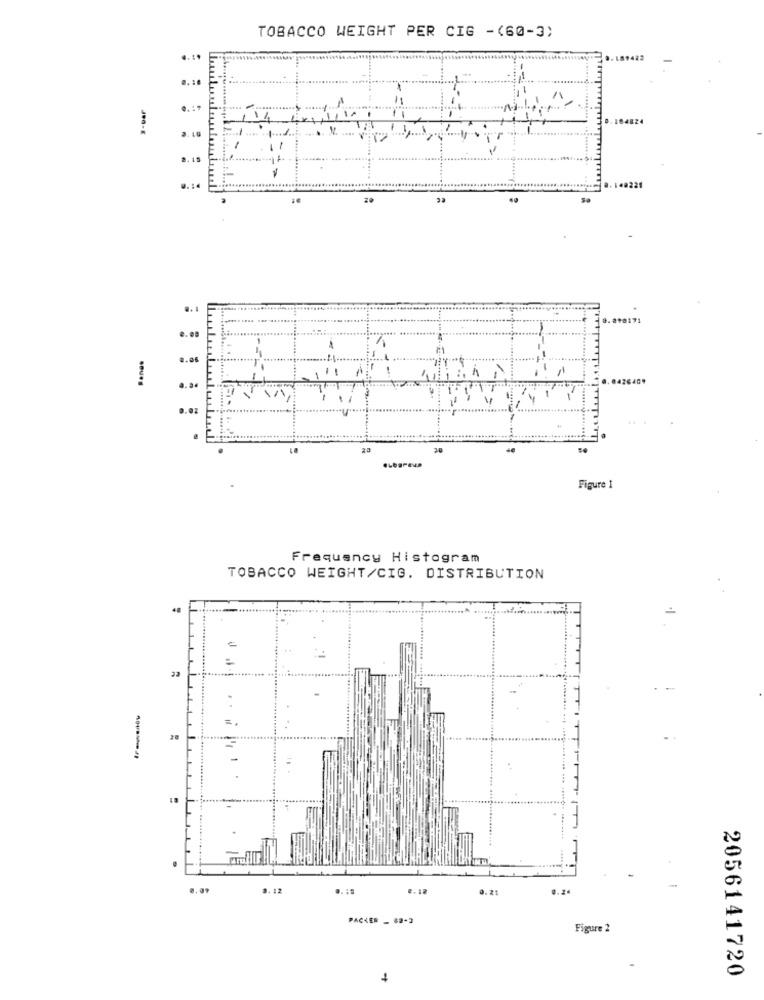
TOBACCO WEIGHT PER CIG -(60-3)
....
0.10
M.
.. 14
a221
.. 1
1.02
20
Figure 1
Frequency Histogram
TOBACCO WEIGHT/CIG. DISTRIBUTION
=
.. .....
=
20
3. 12
2. 10
PACKER - 88-2
Figure 2
2056141720